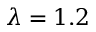
\lambda = 1 . 2